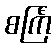
စင်္ကြံ